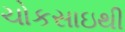
ચોકસાઇથી